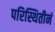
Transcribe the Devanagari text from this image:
परिस्थितीनं